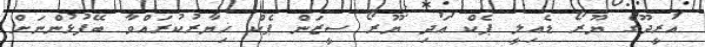
އުރީދޫގެ ޔޫރޯ ޑެއިލީ ޕެކް އަދި ޔޫރޯ ސީޒަން ޕެކް ޚިޔާރުކުރައްވާ ބޭފުޅުންނަށް